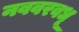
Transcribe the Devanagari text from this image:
नववरवधू